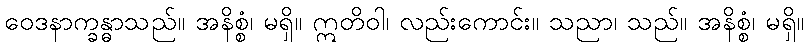
ဝေဒနာက္ခန္ဓာသည်။ အနိစ္စံ၊ မရှိ။ ဣတိဝါ၊ လည်းကောင်း။ သညာ၊ သည်။ အနိစ္စံ၊ မရှိ။